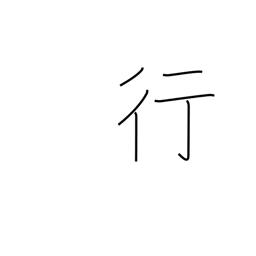
Meaning: bank